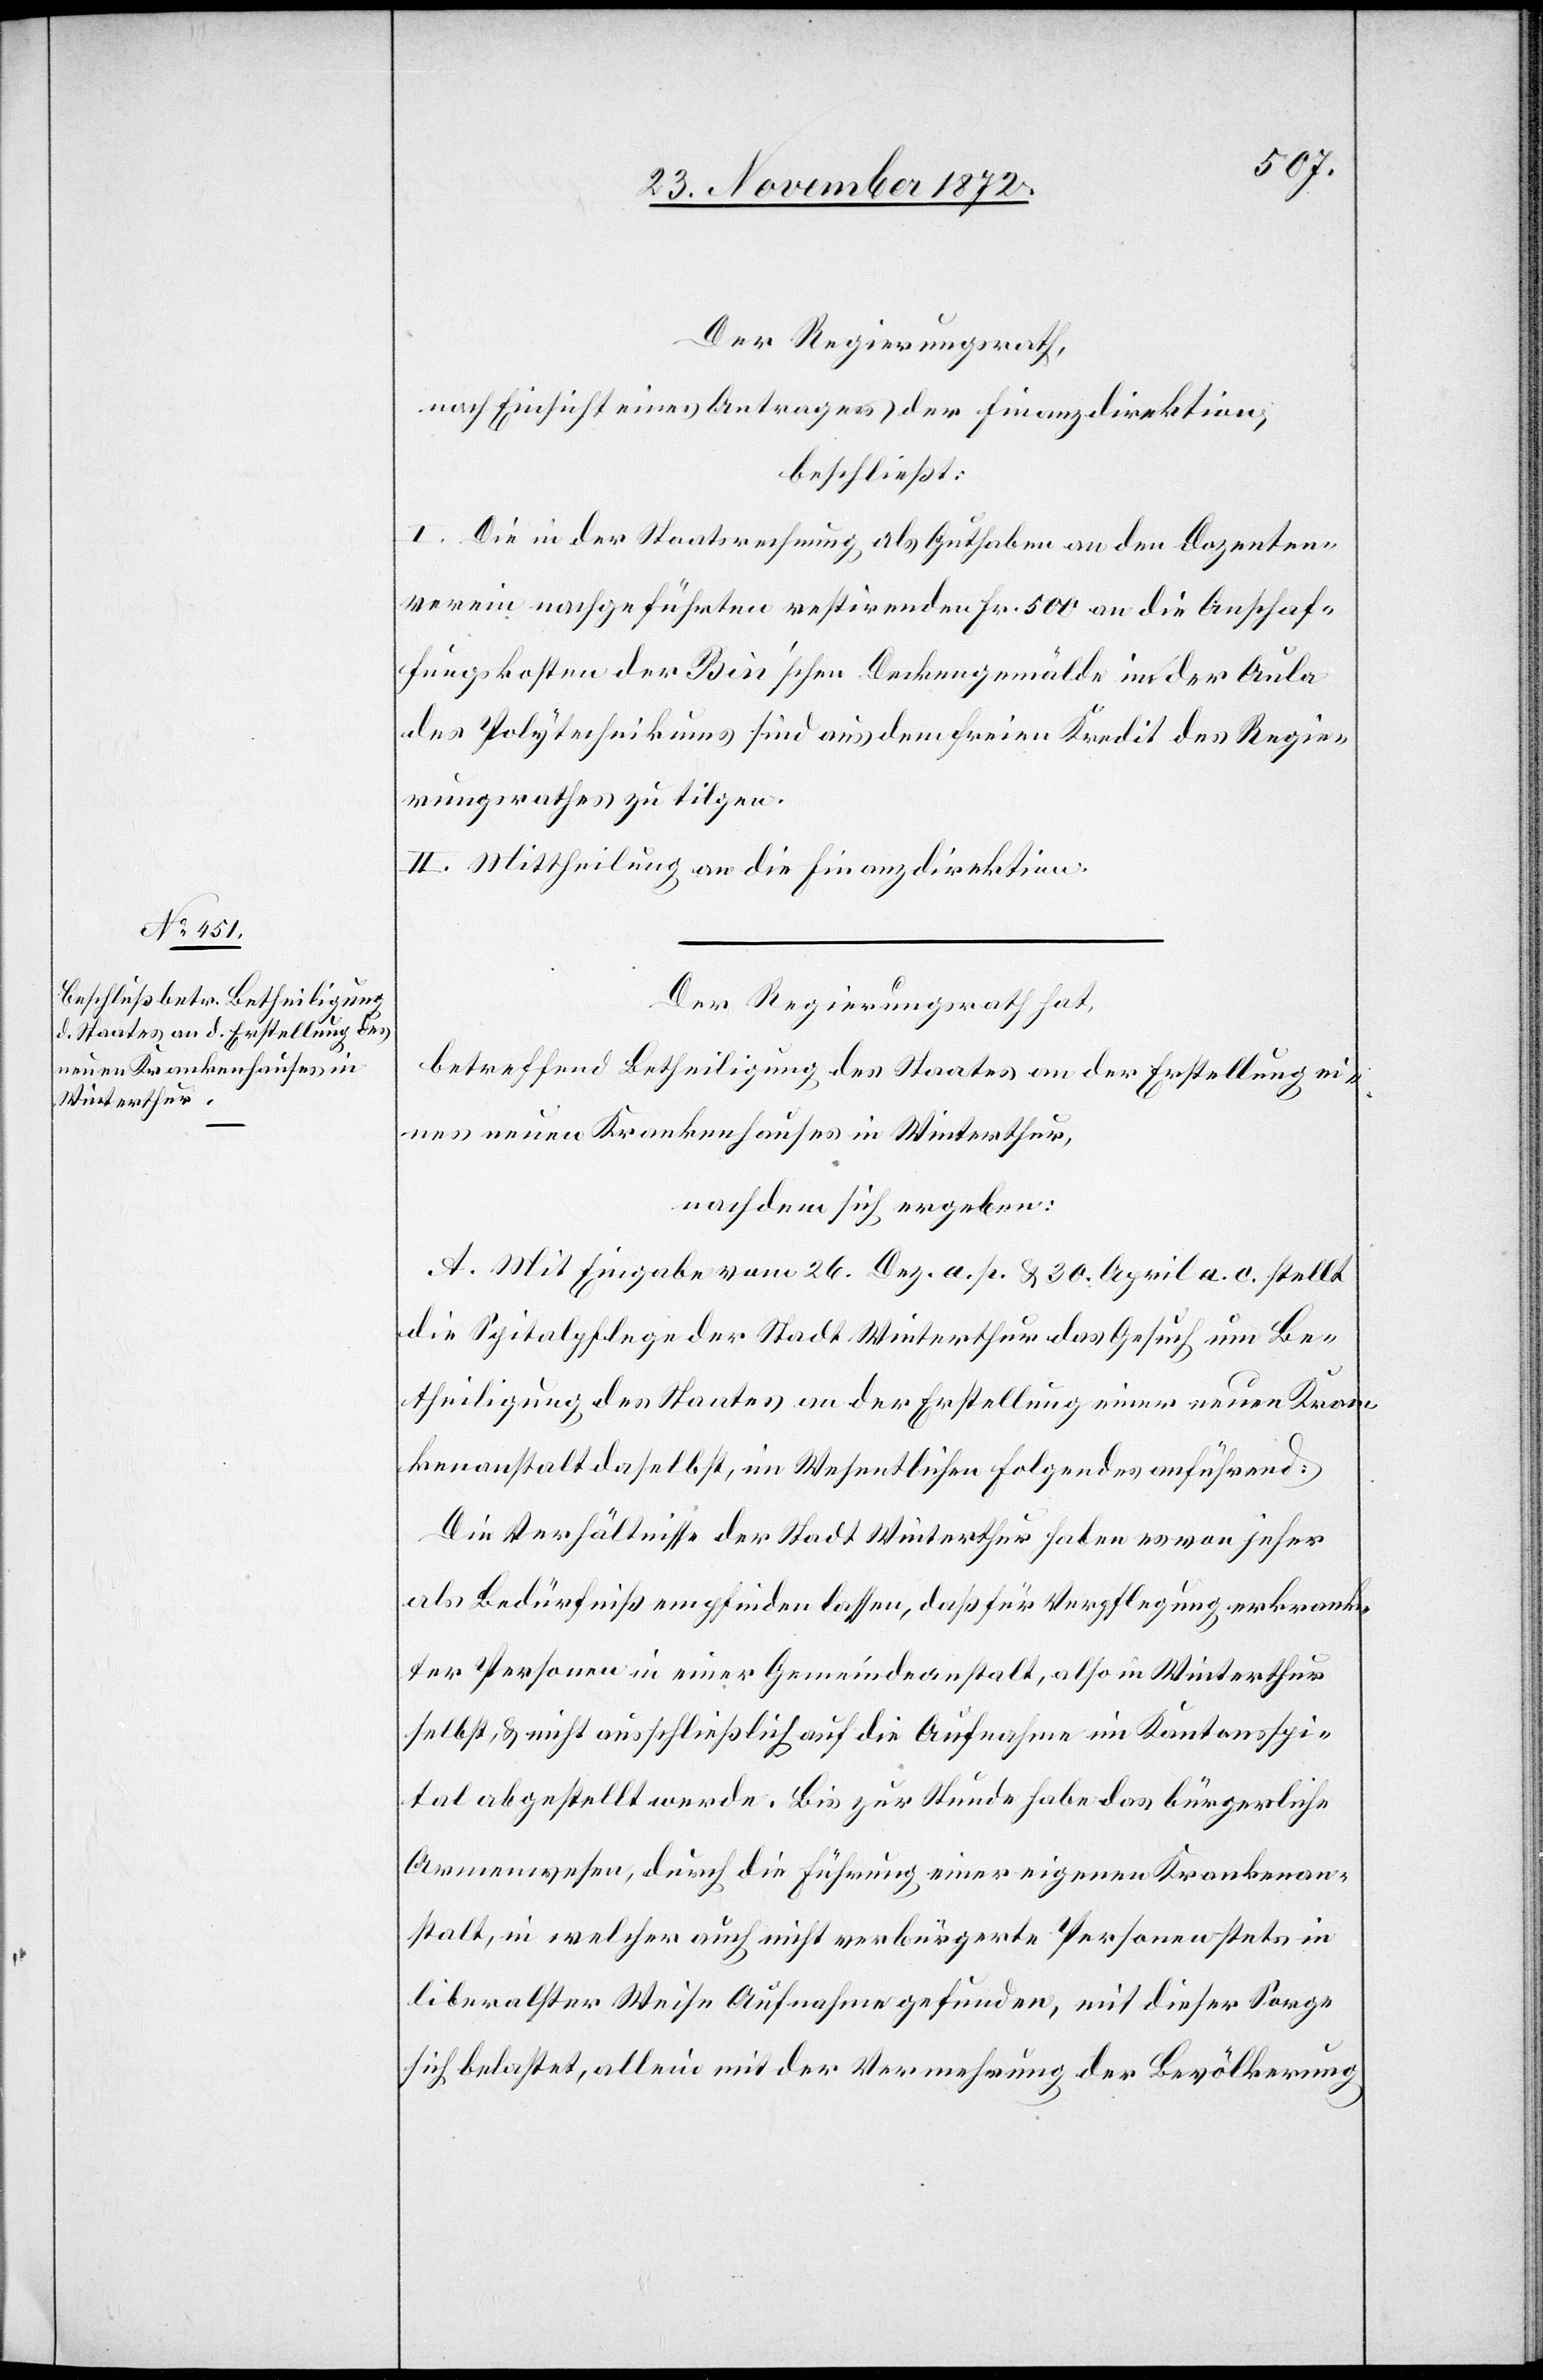
Der Regierungsrath,
nach Einsicht eines Antrages der Finanzdirektion,
beschließt:
I. Die in der Staatsrechnung als Guthaben an den Dozenten¬
verein nachgeführten restirenden Fr. 500 an die Anschaf¬
fungskosten der Bin’schen Deckengemälde in der Aula
des Polytechnikums sind aus dem freien Kredit des Regie¬
rungsrathes zu tilgen.
II. Mittheilung an die Finanzdirektion.
Der Regierungsrath hat,
betreffend Betheiligung des Staates an der Erstellung ei¬
nes neuen Krankenhauses in Winterthur,
nachdem sich ergeben:
A. Mit Eingabe vom 26. Dez. a. p. & 30. April a. c. stellt
die Spitalpflege der Stadt Winterthur das Gesuch um Be¬
theiligung des Staates an der Erstellung einer neuen Kran¬
kenanstalt daselbst, im Wesentlichen Folgendes anführend:
Die Verhältnisse der Stadt Winterthur haben es von jeher
als Bedürfniß empfinden lassen, daß für Verpflegung erkrank¬
ter Personen in einer Gemeindeanstalt, also in Winterthur
selbst, & nicht ausschließlich auf die Aufnahme im Kantonsspi¬
tal abgestellt werde. Bis zur Stunde habe das bürgerliche
Armenwesen, durch die Führung einer eigenen Krankenan¬
stalt, in welcher auch nicht verbürgerte Personen stets in
liberalster Weise Aufnahme gefunden, mit dieser Sorge
sich belastet, allein mit der Vermehrung der Bevölkerung